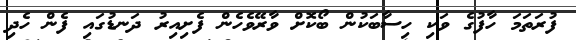
ފުރަތަމަ ހާފުގެ ވަކި ހިސާބަކުން ބޯކޮށް ވާރޭވެހެން ފެށިއިރު ދަނޑުގައި ފެން ހެދި